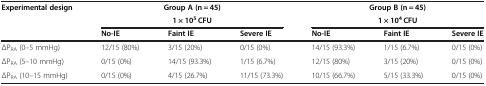
<table><thead><tr><td rowspan="2"><b>Experimental design</b></td><td colspan="3"><b>Group A (n = 45)</b></td><td colspan="3"><b>Group B (n = 45)</b></td></tr><tr><td colspan="3"><b>1 × 10<sup>5</sup> CFU</b></td><td colspan="3"><b>1 × 10<sup>4</sup> CFU</b></td></tr><tr><td><b> </b></td><td><b>No-IE</b></td><td><b>Faint IE</b></td><td><b>Severe IE</b></td><td><b>No-IE</b></td><td><b>Faint IE</b></td><td><b>Severe IE</b></td></tr></thead><tbody><tr><td>ΔP<sub>RA</sub> (0–5 mmHg)</td><td>12/15 (80%)</td><td>3/15 (20%)</td><td>0/15 (0%)</td><td>14/15 (93.3%)</td><td>1/15 (6.7%)</td><td>0/15 (0%)</td></tr><tr><td>ΔP<sub>RA</sub> (5–10 mmHg)</td><td>0/15 (0%)</td><td>14/15 (93.3%)</td><td>1/15 (6.7%)</td><td>12/15 (80%)</td><td>3/15 (20%)</td><td>0/15 (0%)</td></tr><tr><td>ΔP<sub>RA</sub> (10–15 mmHg)</td><td>0/15 (0%)</td><td>4/15 (26.7%)</td><td>11/15 (73.3%)</td><td>10/15 (66.7%)</td><td>5/15 (33.3%)</td><td>0/15 (0%)</td></tr></tbody></table>